Calcutta medical institutions reports 1871-78
Year: 1871
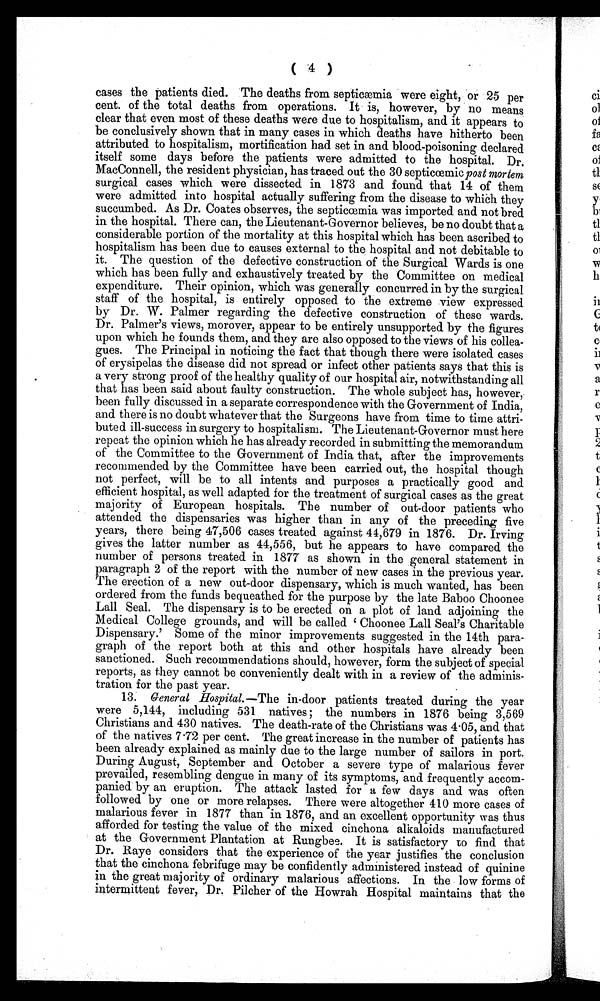
( 4 )
cases the patients died. The deaths from septicœmia were eight, or 25 per
cent. of the total deaths from operations. It is, however, by no means
clear that even most of these deaths were due to hospitalism, and it appears to
be conclusively shown that in many cases in which deaths have hitherto been
attributed to hospitalism, mortification had set in and blood-poisoning declared
itself some days before the patients were admitted to the hospital. Dr.
MacConnell, the resident physician, has traced out the 30 septicemic post m o r t e m
surgical cases which were dissected in 1873 and found that 14 of them
were admitted into hospital actually suffering from the disease to which they
succumbed. As Dr. Coates observes, the septicæmia was imported and not bred
in the hospital. There can, the Lieutenant-Governor believes, be no doubt that a
considerable portion of the mortality at this hospital which has been ascribed to
hospitalism has been due to causes external to the hospital and not debitable to
it. The question of the defective construction of the Surgical Wards is one
which has been fully and exhaustively treated by the Committee on medical
expenditure. Their opinion, which was generally concurred in by the surgical
staff of the hospital, is entirely opposed to the extreme view expressed
by Dr. W. Palmer regarding the defective construction of these wards.
Dr. Palmer's views, morover, appear to be entirely unsupported by the figures
upon which he founds them, and they are also opposed to the views of his collea-
gues. The Principal in noticing the fact that though there were isolated cases
of erysipelas the disease did not spread or infect other patients says that this is
a very strong proof of the healthy quality of our hospital air, notwithstanding all
that has been said about faulty construction. The whole subject has, however,
been fully discussed in a separate correspondence with the Government of India,
and there is no doubt whatever that the Surgeons have from time to time attri-
buted ill-success in surgery to hospitalism. The Lieutenant-Governor must here
repeat the opinion which he has already recorded in submitting the memorandum
of the Committee to the Government of India that, after the improvements
recommended by the Committee have been carried out, the hospital though
not perfect, will be to all intents and purposes a practically good and
efficient hospital, as well adapted for the treatment of surgical cases as the great
majority of European hospitals. The number of out-door patients who
attended the dispensaries was higher than in any of the preceding five
years, there being 47,506 cases treated against 44,679 in 1876. Dr. Irving
gives the latter number as 44,556, but he appears to have compared the
number of persons treated in 1877 as shown in the general statement in
paragraph 2 of the report with the number of new cases in the previous year.
The erection of a new out-door dispensary, which is much wanted, has been
ordered from the funds bequeathed for the purpose by the late Baboon Choonee
Lall Seal. The dispensary is to be erected on a plot of land adjoining the
Medical College grounds, and will be called 'Choonee Lall Seal's Charitable
Dispensary.' Some of the minor improvements suggested in the 14th para-
graph of the report both at this and other hospitals have already been
sanctioned. Such recommendations should, however, form the subject of special
reports, as they cannot be conveniently dealt with in a review of the adminis-
tration for the past year.
13. General Hospital.— The in-door patients treated during the year
were 5,144, including 531 natives; the numbers in 1876 being 3,569
Christians and 430 natives. The death-rate of the Christians was 4.05, and that
of the natives 7.72 per cent. The great increase in the number of patients has
been already explained as mainly due to the large number of sailors in port.
During August, September and October a severe type of malarious fever
prevailed, resembling dengue in many of its symptoms, and frequently accom-
panied by an eruption. The attack lasted for a few days and was often
followed by one or more relapses. There were altogether 410 more cases of
malarious fever in 1877 than in 1876, and an excellent opportunity was thus
afforded for testing the value of the mixed cinchona alkaloids manufactured
at the Government Plantation at Rungbee. It is satisfactory to find that
Dr. Raye considers that the experience of the year justifies the conclusion
that the cinchona febrifuge may be confidently administered instead of quinine
in the great majority of ordinary malarious affections. In the low forms of
intermittent fever, Dr. Pilcher of the Howrah Hospital maintains that the